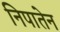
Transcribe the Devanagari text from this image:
निपातेन